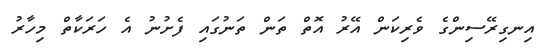
އިނގިރޭސިންގެ ވެރިކަން އޭރު އޮތް ތަން ތަނުގައި ފެށުނު އެ ހަރަކާތް މިހާރު